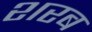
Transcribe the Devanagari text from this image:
शरब